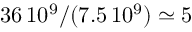
3 6 \, 1 0 ^ { 9 } / ( 7 . 5 \, 1 0 ^ { 9 } ) \simeq 5